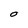
Character: O